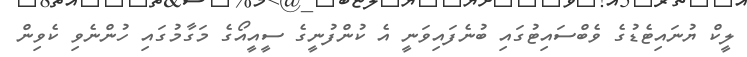
ލީކް ޔުނައިޓެޑުގެ ވެބްސައިޓުގައި ބުނެފައިވަނީ އެ ކުންފުނީގެ ސީއީއޯގެ މަގާމުގައި ހުންނެވި ކެވިން